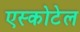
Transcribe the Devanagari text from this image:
एस्कोटेल